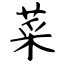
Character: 菜